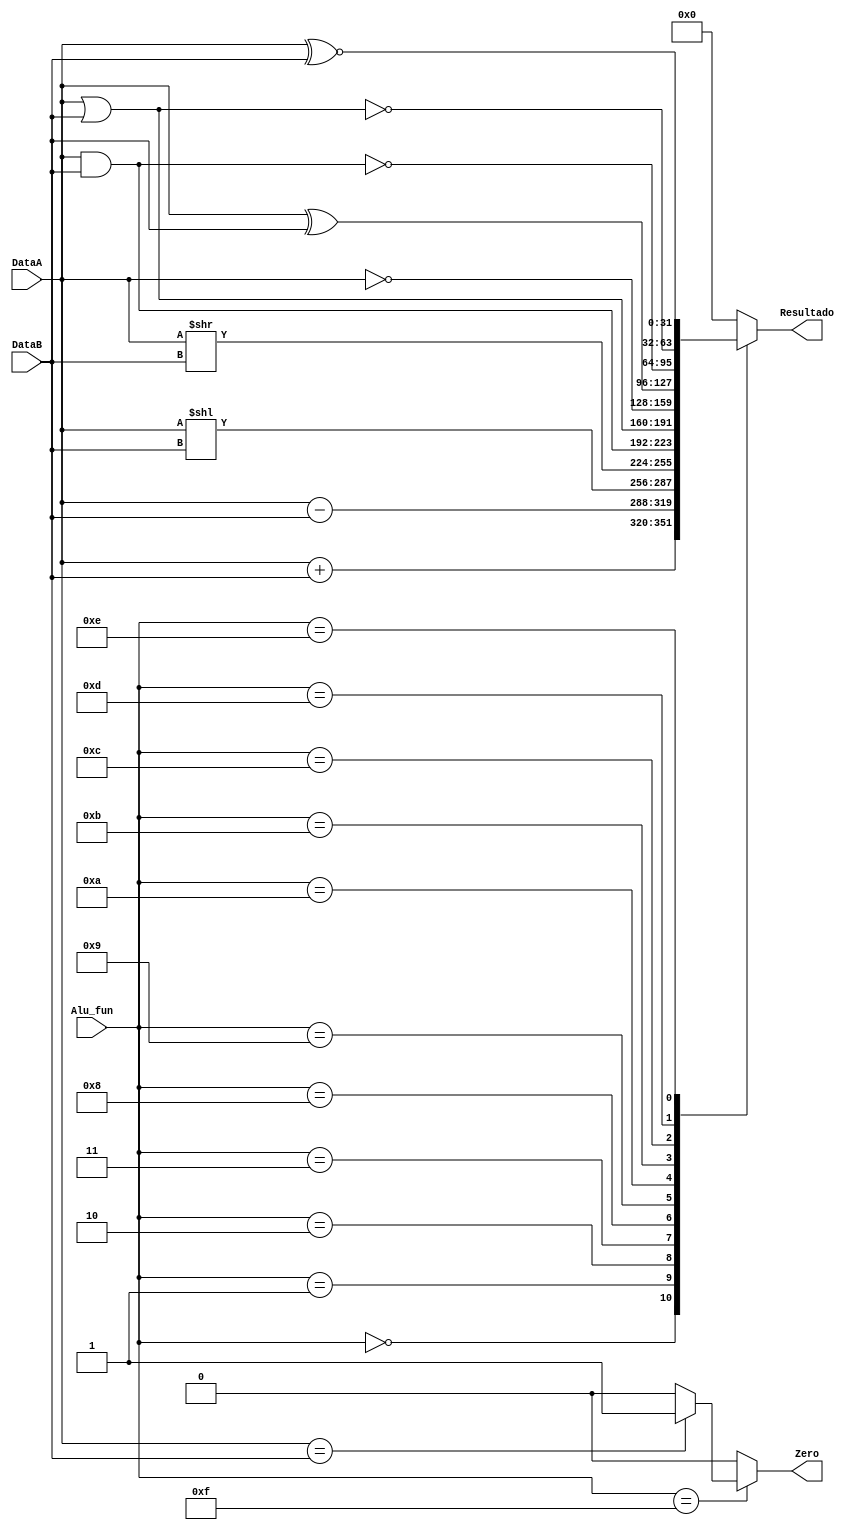
`timescale 1ns / 1ps
//////////////////////////////////////////////////////////////////////////////////
// Company: 
// Engineer: 
// 
// Design Name: 
// Module Name: ALU_1
// Project Name: 
// Target Devices: 
// Tool Versions: 
// Description: 
// 
// Dependencies: 
// 
// Revision:
// Revision 0.01 - File Created
// Additional Comments:
// 
//////////////////////////////////////////////////////////////////////////////////


module ALU_1(

   input [31:0] DataA, DataB,
   input [3:0] Alu_fun,          // Seal de la nube de control
   output reg [31:0] Resultado,
   output reg Zero
   );

   always @* begin
       Resultado = 32'h0;
       Zero = 1'b0;
       case(Alu_fun)
           4'h0:                   //Add
           begin
               Resultado = DataA + DataB;
               Zero = 1'b0;
           end
           4'h1:                   //Sub
           begin
               Resultado = DataA - DataB;
               Zero = 1'b0;
           end
           4'h2:                   //correr a la izquierda
           begin
               Resultado = DataA << DataB;
               Zero = 1'b0;
           end
           4'h3:                   //Correr a la derecha
           begin
               Resultado = DataA >> DataB;
               Zero = 1'b0;
           end
           4'h8:                     //And
           begin
               Resultado = DataA & DataB;
               Zero = 1'b0;
           end                       //or
           4'h9:
           begin
               Resultado = DataA | DataB;
               Zero = 1'b0;
           end
           4'ha:                     //Not
           begin
               Resultado =  ~DataA;
               Zero = 1'b0;
           end
           4'hb:                     //Xor
           begin
               Resultado = DataA ^ DataB;
               Zero = 1'b0;
           end
           4'hc:                     //Nand
           begin
               Resultado = ~(DataA & DataB);
               Zero = 1'b0;
           end
           4'hd:                    //Nor
           begin
               Resultado = ~(DataA | DataB);
               Zero = 1'b0;
           end
           4'he:                   //Xnor
           begin
               Resultado = DataA ~^ DataB;
               Zero = 1'b0;
           end
           4'hf:                  //comparacion de si son iguales
           begin
               if (DataA == DataB)
               begin
                   Resultado = 32'h0;
                   Zero = 1;
               end
               else
               begin
                   Resultado = 32'h0;
                   Zero = 0;
               end
           end
           default:
           begin
               Resultado = 32'h0;
               Zero = 1'b0;
           end
       endcase
   end
endmodule